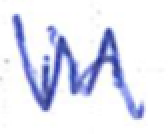
Text: in
Cross-out: mix
Writing tool: ballpoint